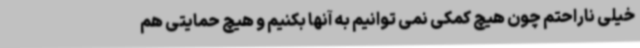
خیلی ناراحتم چون هیچ کمکی نمی توانیم به آنها بکنیم و هیچ حمایتی هم